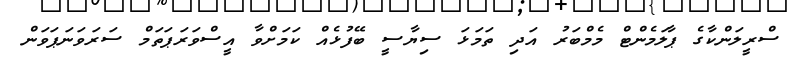
ސްރީލަންކާގެ ޕާލަމެންޓް މެމްބަރު އަދި ތަމަޅަ ސިޔާސީ ބޭފުޅެއް ކަމަށްވާ އީސްވަރަޕަތަމް ސަރަވަނަޕަވަން